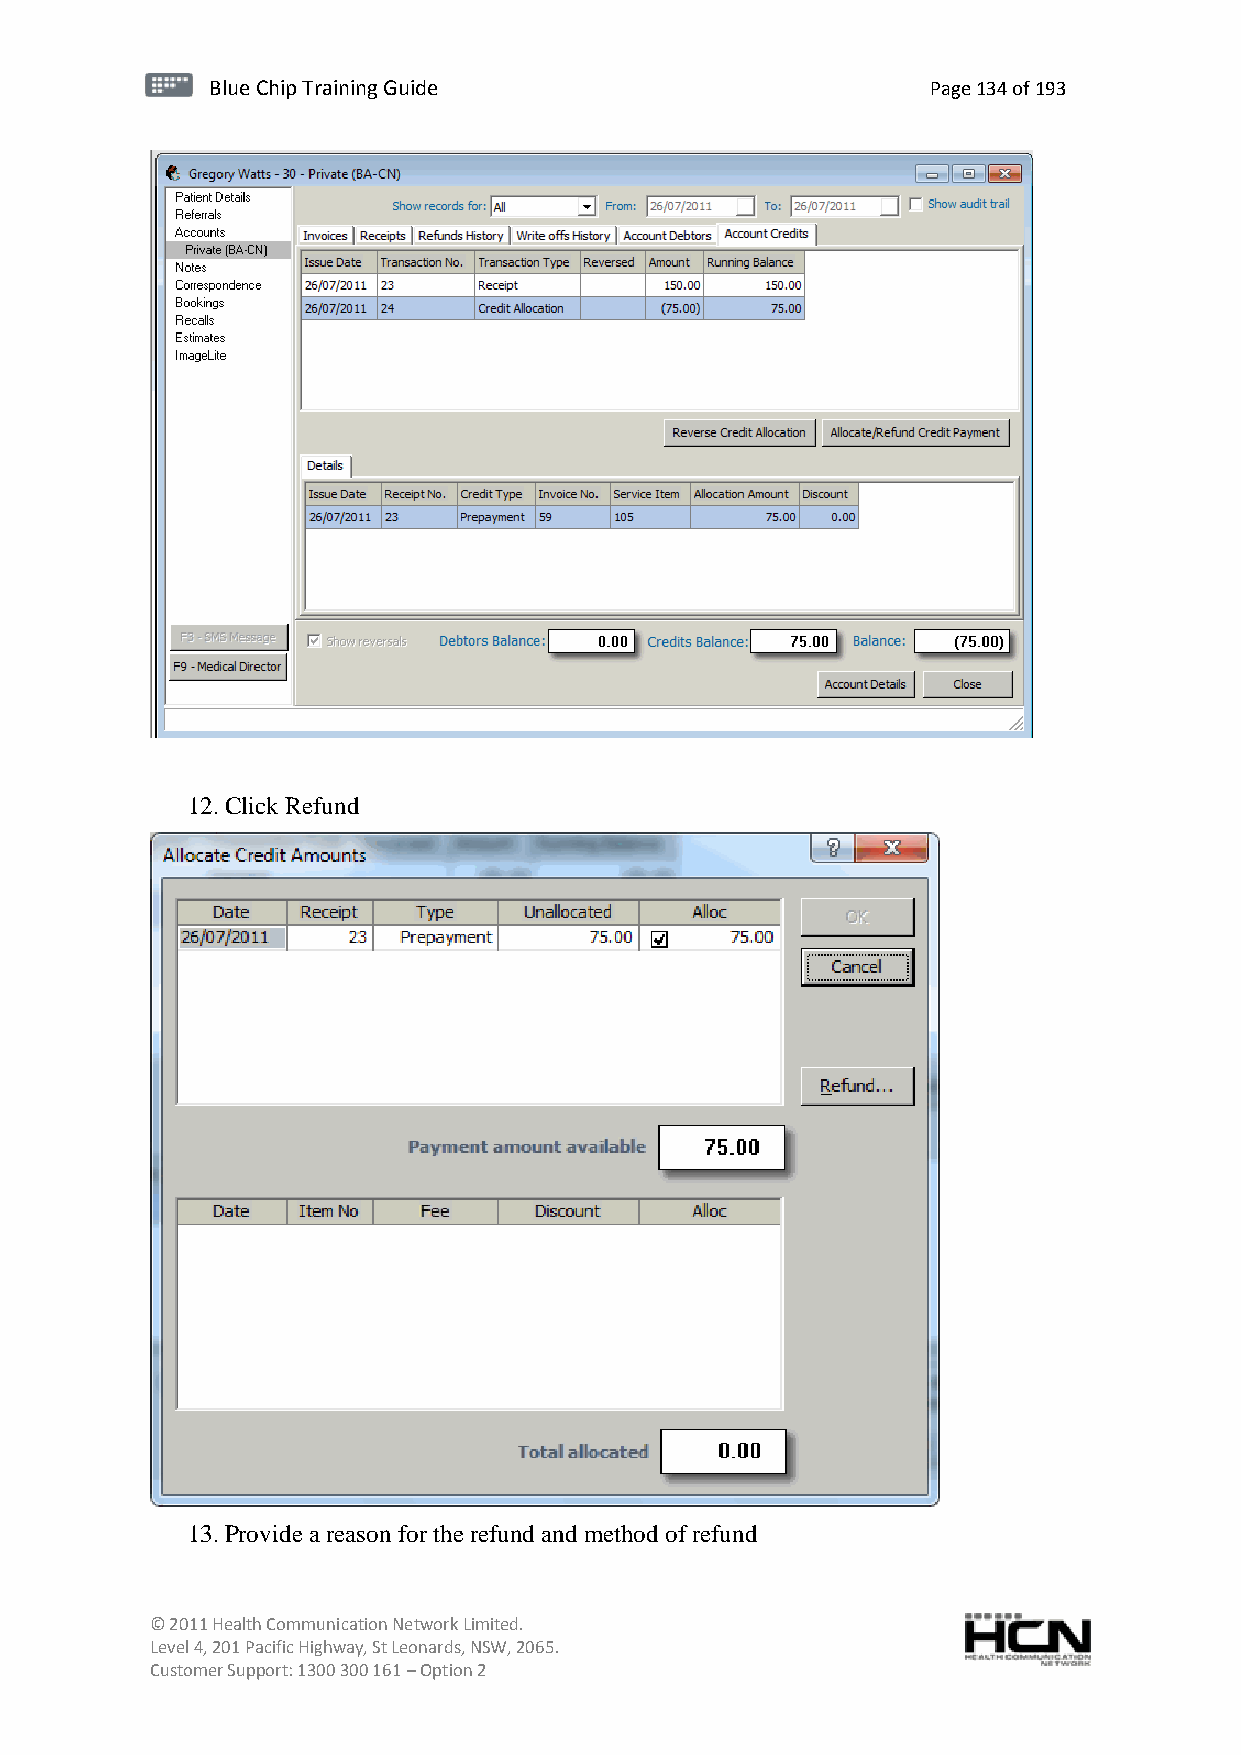
BBlluuee C Chihpi pTr Tairnainingi Gnugi dGeu ide Page 134 of 193
 12. Click Refund
 13. Provide a reason for the refund and method of refund
 © 2011 Health Communication Network Limited.
 Level 4, 201 Pacific Highway, St Leonards, NSW, 2065.
 Customer Support: 1300 300 161 – Option 2